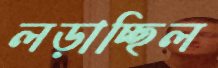
লড়াচ্ছিল